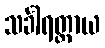
သင်္ခါရတ္တာယ